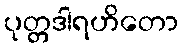
ပုတ္တဒါရဟိတော